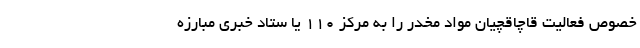
خصوص فعالیت قاچاقچیان مواد مخدر را به مرکز ۱۱۰ یا ستاد خبری مبارزه